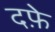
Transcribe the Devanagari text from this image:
दफ़े